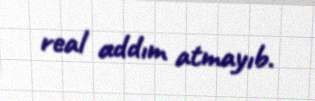
real addım atmayıb.